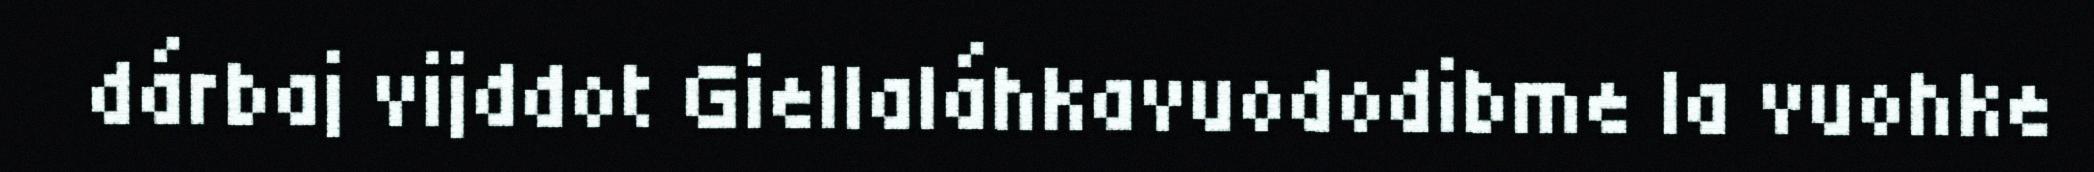
dárbaj vijddot Giellaláhkavuododibme la vuohke